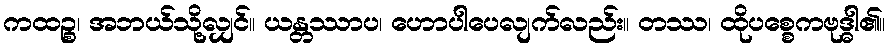
ကထဉ္စ၊ အဘယ်သို့လျှင်။ ယန္တဿာပ၊ ဟောပါပေလျက်လည်း။ တဿ၊ ထိုပစ္စေကဗုဒ္ဓါ၏။